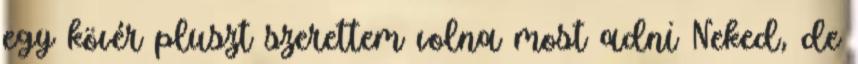
egy kövér pluszt szerettem volna most adni Neked, de